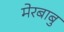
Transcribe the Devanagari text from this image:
मेरबाबु